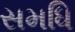
સમધિ